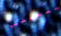
هيسيلبو